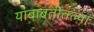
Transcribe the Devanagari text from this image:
याबाबतीतल्या